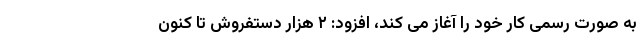
به صورت رسمی کار خود را آغاز می کند، افزود: ۲ هزار دستفروش تا کنون